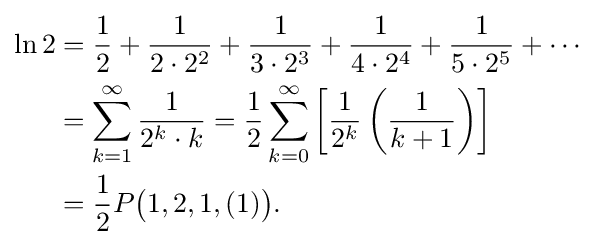
{\begin{aligned}\ln 2&={\frac {1}{2}}+{\frac {1}{2\cdot 2^{2}}}+{\frac {1}{3\cdot 2^{3}}}+{\frac {1}{4\cdot 2^{4}}}+{\frac {1}{5\cdot 2^{5}}}+\cdots \\&=\sum _{k=1}^{\infty }{\frac {1}{2^{k}\cdot k}}={\frac {1}{2}}\sum _{k=0}^{\infty }\left[{\frac {1}{2^{k}}}\left({\frac {1}{k+1}}\right)\right]\\&={\frac {1}{2}}P{\bigl (}1,2,1,(1){\bigr )}.\end{aligned}}